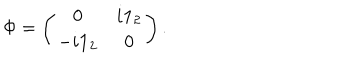
LaTeX: \Phi = \left( \begin{array} { c c } { { 0 } } & { { i { \bf 1 } _ { 2 } } } \\ { { - i { \bf 1 } _ { 2 } } } & { { 0 } } \\ \end{array} \right) .